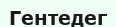
Гентедег